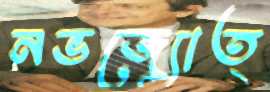
নভজ্যোত্